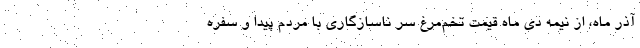
آذر ماه، از نیمه دی ماه قیمت تخم‌مرغ سر ناسازگاری با مردم پیدا و سفره